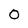
Character: 0